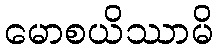
မောစယိဿာမိ